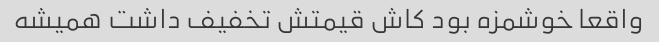
واقعا خوشمزه بود کاش قیمتش تخفیف داشت همیشه